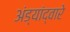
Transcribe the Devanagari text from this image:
अंड्यांद्वारे